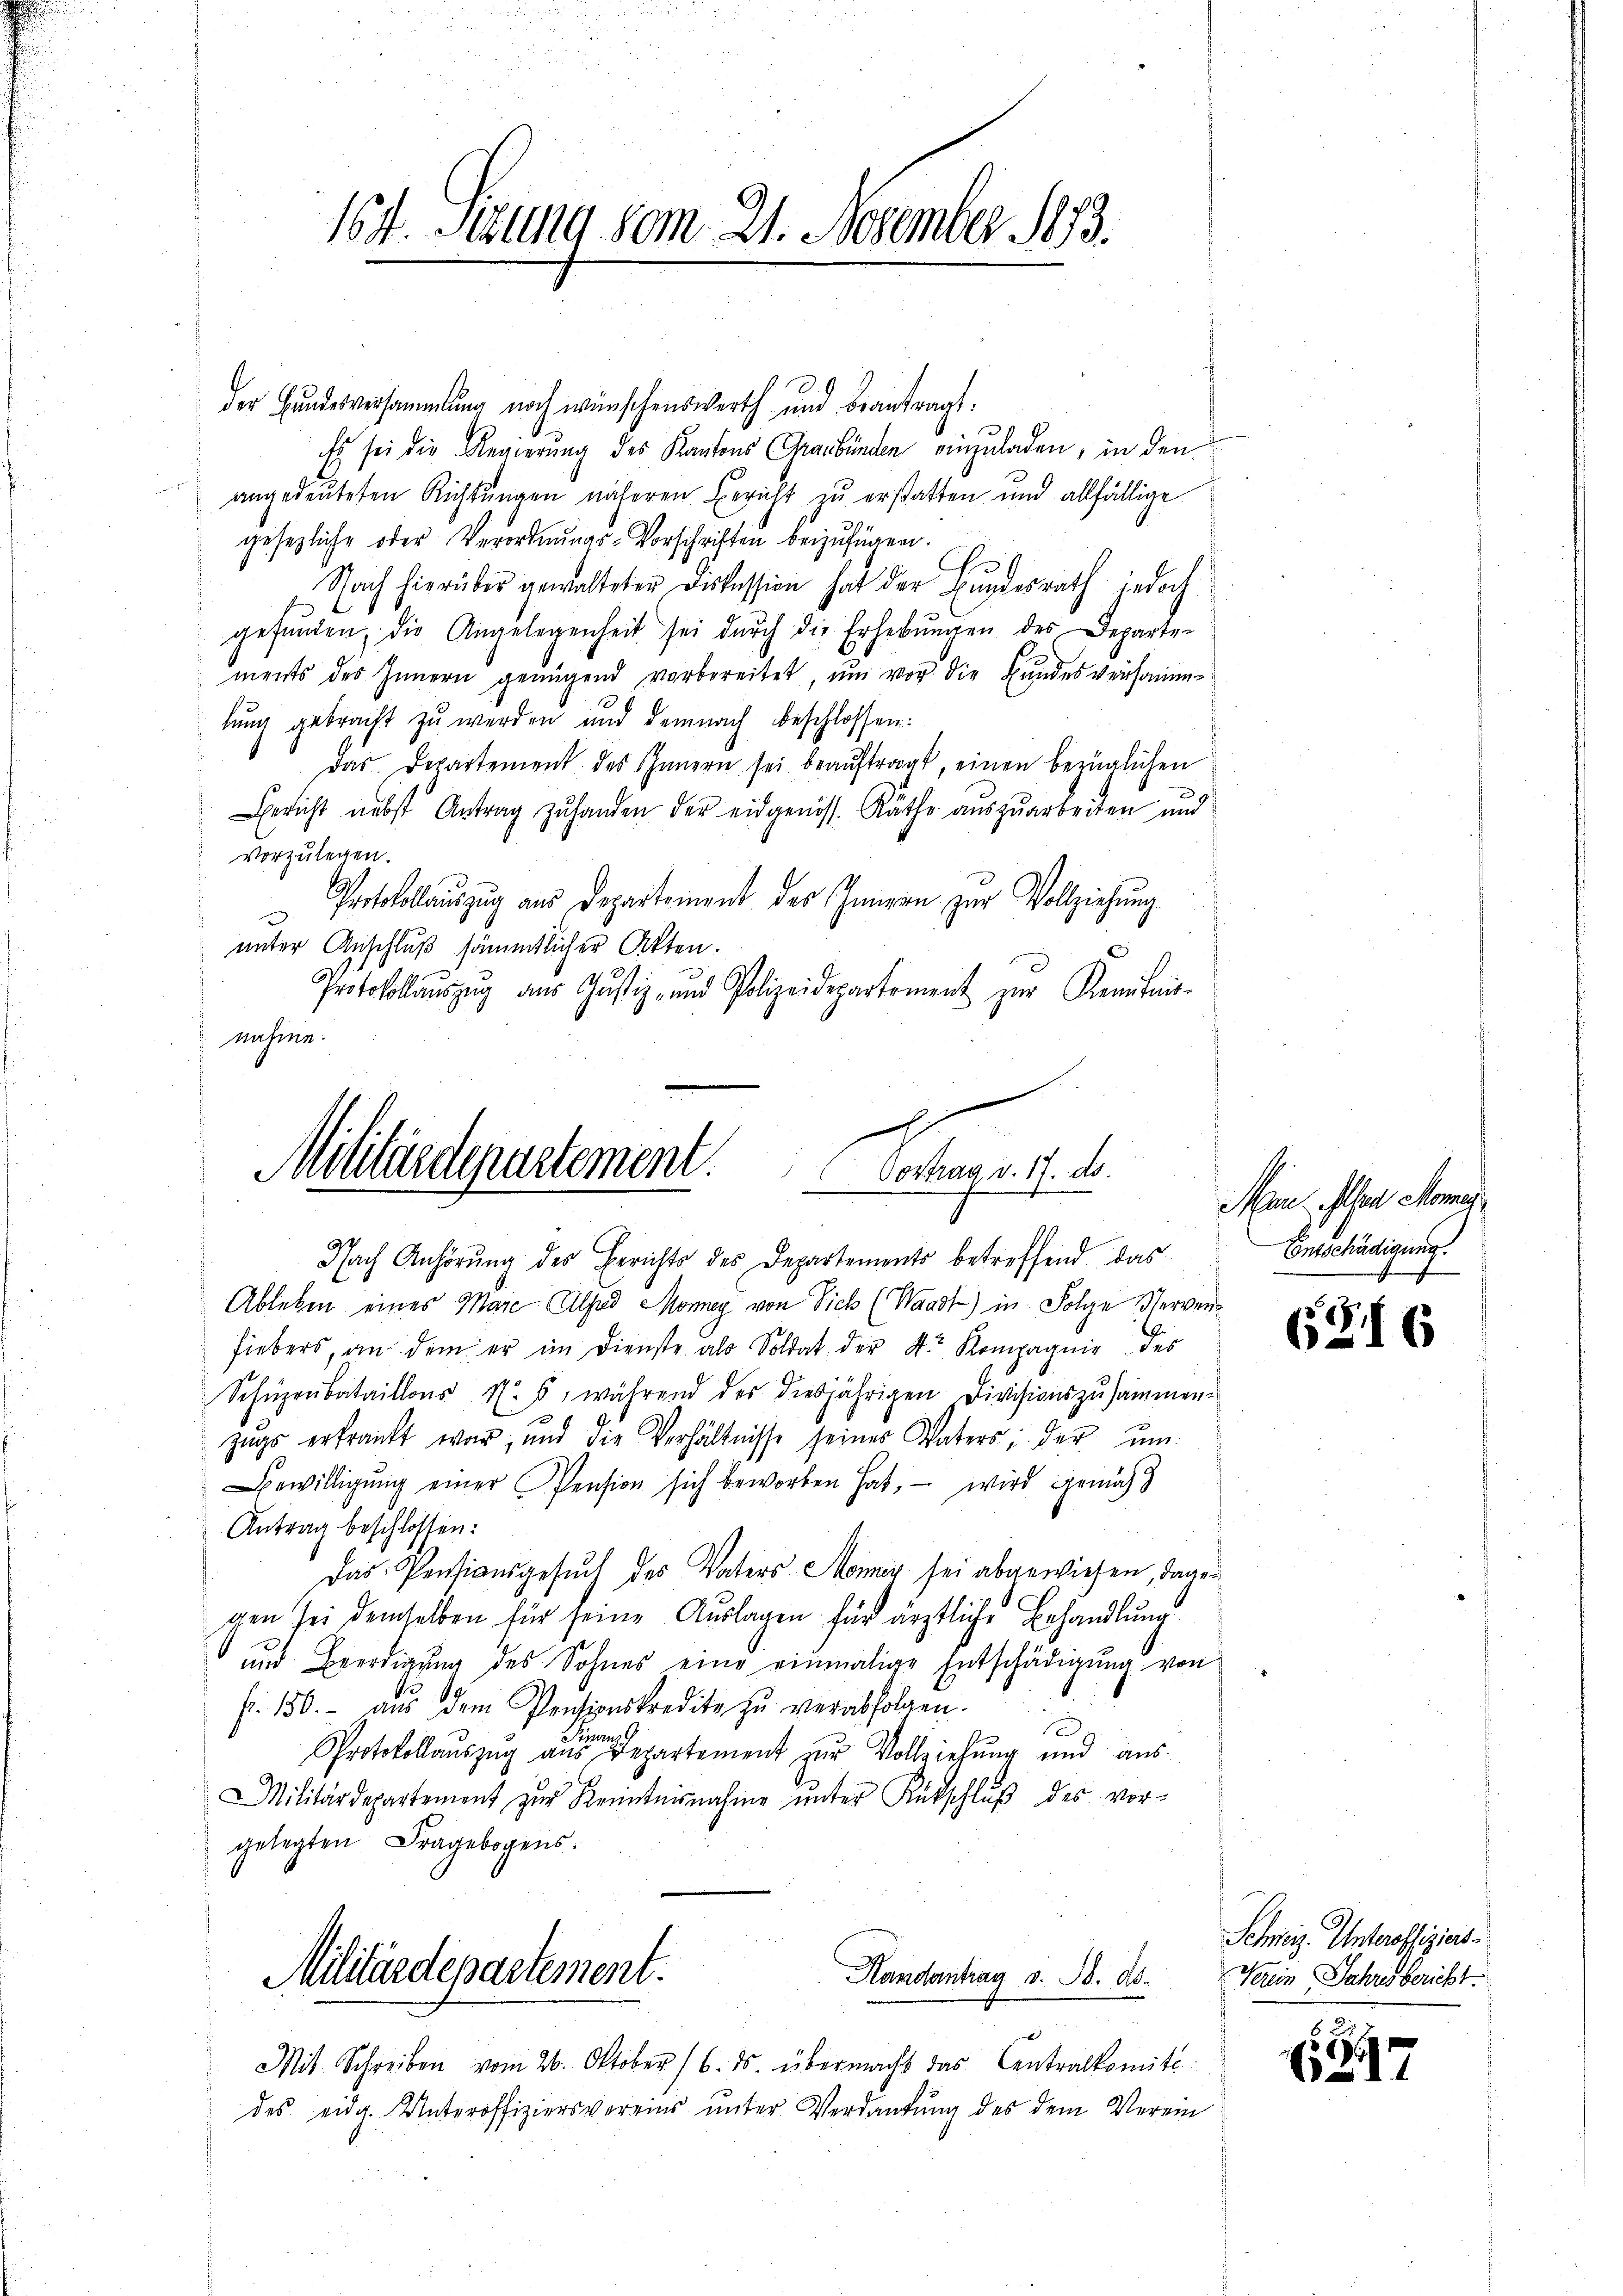
16 t Setzung vom 21. November 1883.

der Hundesversammlung noch wünschenswerth und beantragt.
Es sei die Regierung des Kantons Graubünden einzuladen, in den
angedeuteten Richtungen näheren Bericht zu erstatten und allfällige
gesezliche oder Verordnŭngs-Vorschriften beizufügen.
Nach hierüber gewalteter Diskussion hat der Bundesrath jedoch
gefŭnden, die Angelegenheit sei dŭrch die Erhebŭngen des Departe-
ments des Innern genügend vorbereitet, ŭm vor die Bundesversamm-
lung gebracht zu werden und demnach beschlossen:
Das Departement des Innern sei beaŭftragt, einen bezüglichen
Gericht nebst Antrag zŭ handen der eidgenöss. Räthe aŭszŭarbeiten und
vorzulegen.
Protokollauszug aus Departement des Innern zur Vollziehung
unter Anschluß sämmtlicher Akten.
Protokollaŭszŭg aŭs Jŭstiz- und Polizeidepartement zur Kenntnis-
Masinn

.
Militärdepartement. Vortrag v. 17. d.

Nach Anhörung des Berichts des Departements betreffend das
Ablieben eines Maić Alfred Money von Sich (Waadt) in Folge Verwenfiebers, an dem er im Dienste als Soldat der Sr. Kompagnie des
Schüzenbataillons N. 5, während der diesjährigen Divisionszusammen-
zŭgs erfrankt war, und die Verhältnisse seines Vaters; der ŭm
Bewilligŭng einer Pension sich beworben hat, – wird gemach
Antrag beschlossen:
Das Pensionsgesuch des Vaters Monner sei abgewiesen, dagegen sei demselben für seine Auslagen für ärztliche Behandlung.
und Beerdigung des Sohnes eine einmalige Entschädigung von
fr. 150.- aŭs dem Pensionskredite zŭ verabfolgen.
1
in
Protokollauszug aus Departement zur Vollziehung und ausa
Militärdepartement zŭr Kenntnisnahme ŭnter Rütschlŭβ des vor-
gelegten Fragebogens.
Militärdepartement.
Handantrag v. B. Ab.
Mit Schreiben vom 26. Oktober 16. ds. übermacht das Centralkomite
des eidg. Unteroffiziersvereins ŭnter Verdankŭng des dem Verein

Man. Alser Mona
Entschädigung.

87
2

s

Schweiz. Unteroffiziers.
Kein Jahresbericht.

H
1